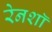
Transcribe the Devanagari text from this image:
रेनशॉ